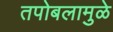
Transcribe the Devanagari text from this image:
तपोबलामुळे